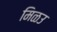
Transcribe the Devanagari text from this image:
मिळउ